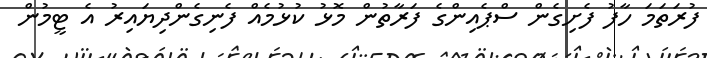
ފުރަތަމަ ހާފު ފެށިގެން ސްޕެއިންގެ ފަރާތުން މޮޅު ކުޅުމެއް ފެނިގެންދިޔައިރު އެ ޓީމުން